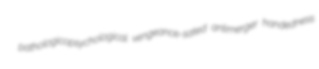
pathologicopsychological vengeance-sated antimerger handedness